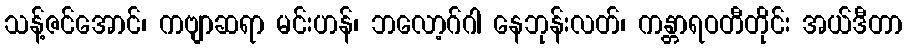
သန့်ဇင်အောင်၊ ကဗျာဆရာ မင်းဟန်၊ ဘလော့ဂ်ဂါ နေဘုန်းလတ်၊ ကန္တာရဝတီတိုင်း အယ်ဒီတာ